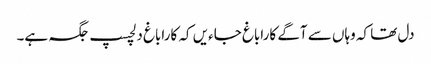
دل تھا کہ وہاں سے آگے کاراباغ جاءیں کہ کاراباغ دلچسپ جگہ ہے۔